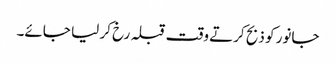
جانور کو ذبح کرتے وقت قبلہ رخ کر لیا جائے۔